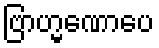
ဗြာဟ္မဏောပေ